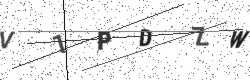
Text: V1PDZW